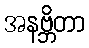
အနဗ္ဘိတာ